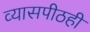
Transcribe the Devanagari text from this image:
व्यासपीठही